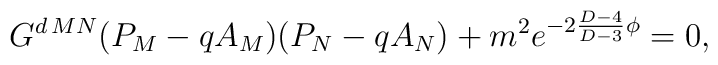
G^{d\,MN}(P_M-qA_M)(P_N-qA_N)+m^2e^{-2{{D-4}\over{D-3}}\phi}=0,